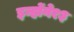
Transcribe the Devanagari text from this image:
इन्होंने१३